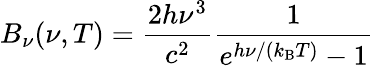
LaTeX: B_{\nu}(\nu,T)={\frac{2h\nu^{3}}{c^{2}}}{\frac{1}{e^{h\nu/(k_{\mathrm{B}}T)}-1}}